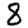
Digit: 8